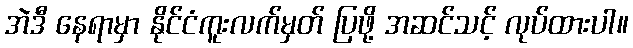
အဲဒီ နေရာမှာ နိုင်ငံကူးလက်မှတ် ပြဖို့ အဆင်သင့် လုပ်ထားပါ။